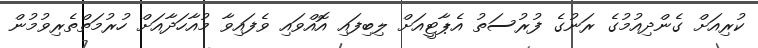
ކުރިއަށް ގެންދިއުމުގެ ރަނުގެ ފުރުސަތު އެޕާޓީއަށް ލިބިފައި އޮއްވައި ވެފައިވާ މުއާހަދާއަށް ހުރުމަތްތެރިވުމުން